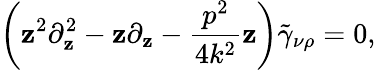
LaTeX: \left(\mathbf{z}^{2}\partial_{\mathbf{z}}^{2}-\mathbf{z}\partial_{\mathbf{z}}-\frac{{p^{2}}}{{4k^{2}}}\mathbf{z}\right)\tilde{{\gamma}}_{\nu\rho}=0,